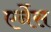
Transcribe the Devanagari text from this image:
एर्नेस